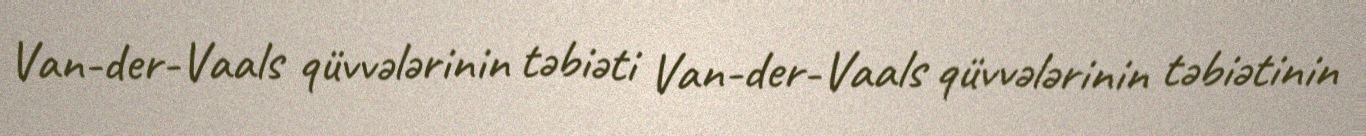
Van-der-Vaals qüvvələrinin təbiəti Van-der-Vaals qüvvələrinin təbiətinin